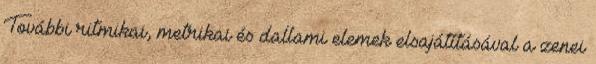
További ritmikai, metrikai és dallami elemek elsajátításával a zenei